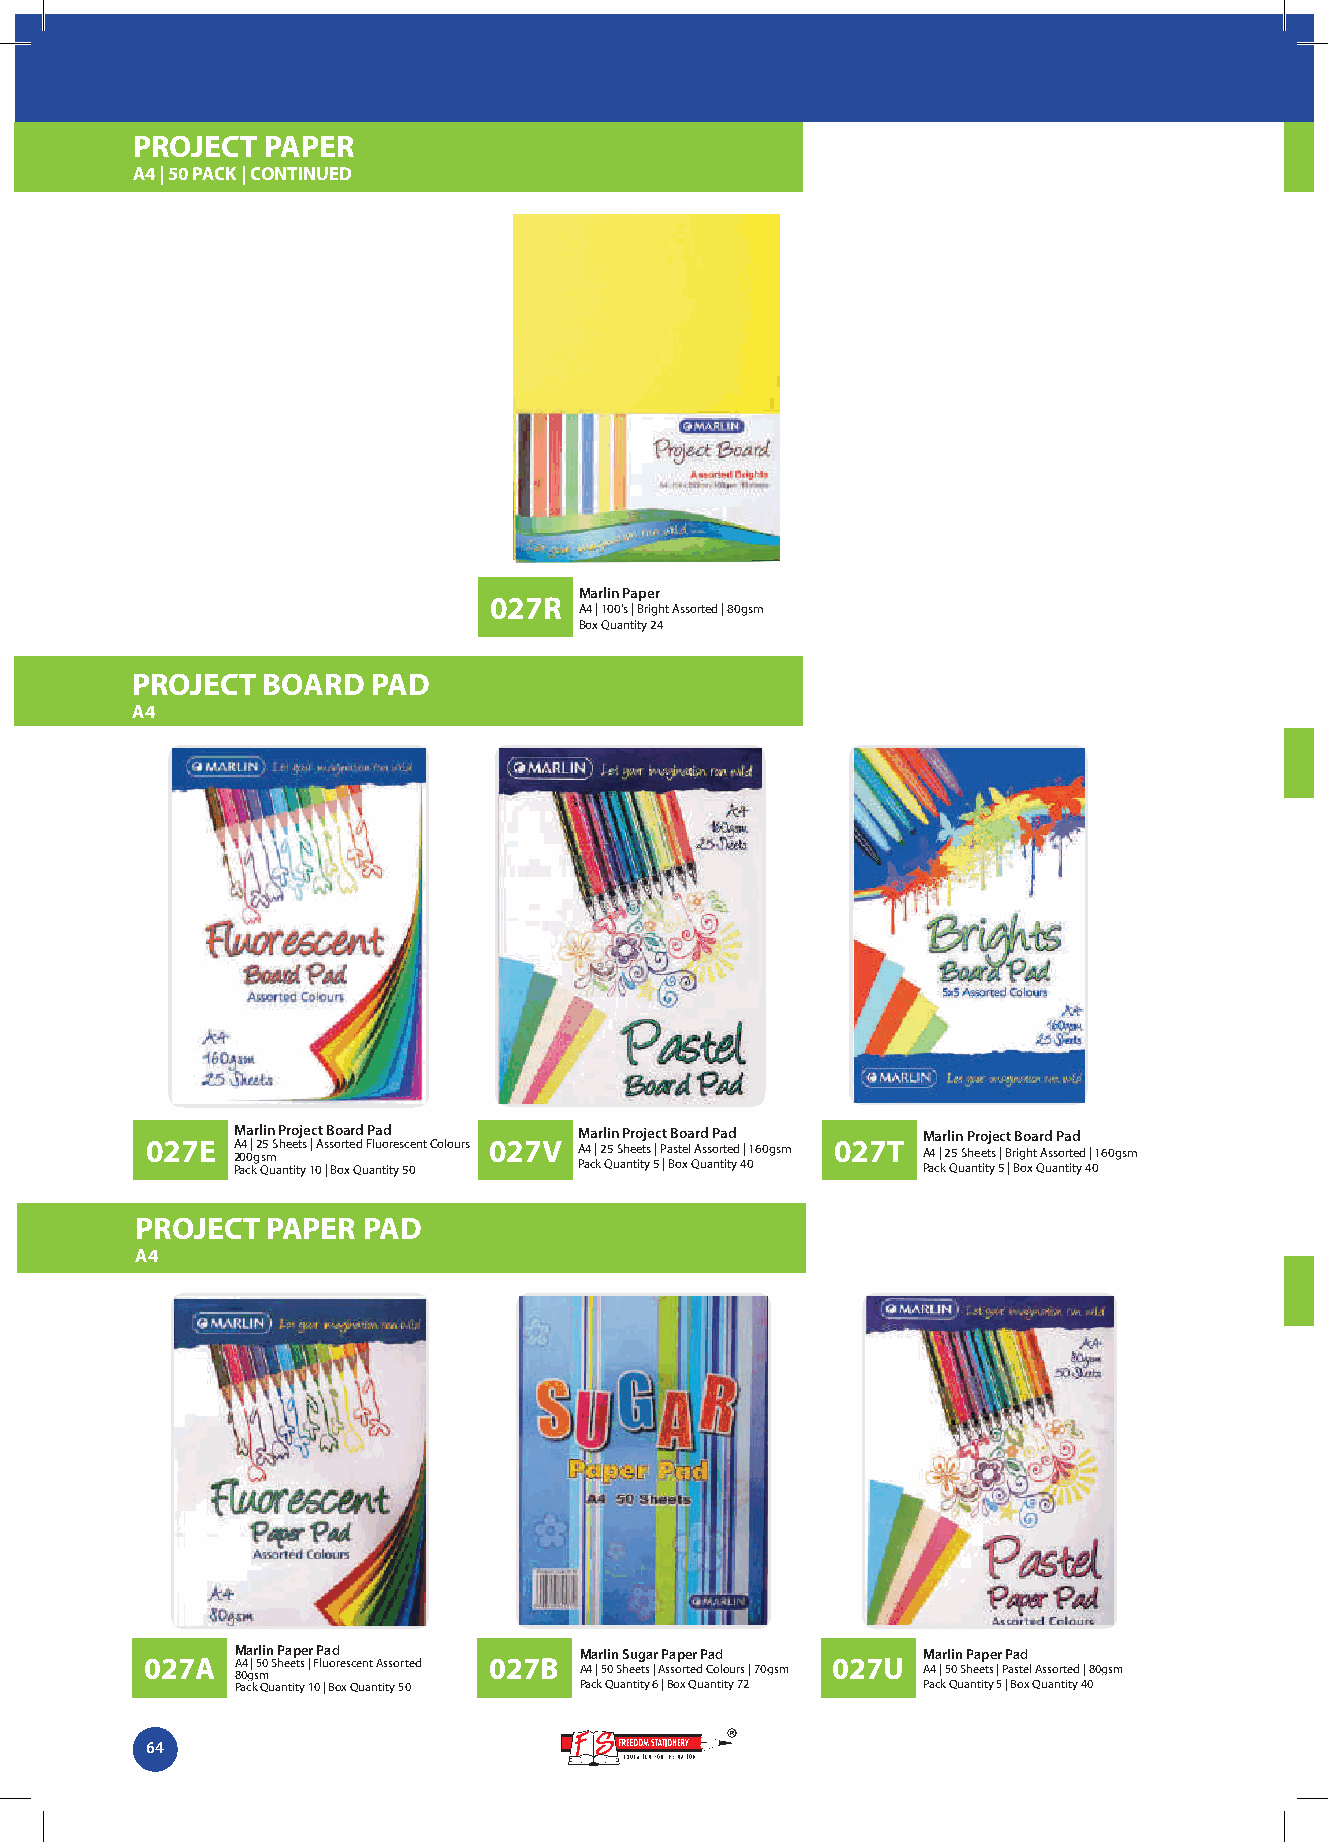
PROJECT PAPER
 A4 | 50 PACK | CONTINUED
 Marlin Paper
 027R
 A4 | 100's | Bright Assorted | 80gsm
 Box Quantity 24
 PROJECT BOARD   PAD
 A4
 Marlin Project Board Pad Marlin Project Board Pad Marlin Project Board Pad
 027E A 204 0 | g 2 s5 m Sheets | Assorted Fluorescent Colours 027V A4 | 25 Sheets | Pastel Assorted | 160gsm 027T A4 | 25 Sheets | Bright Assorted | 160gsm
 Pack Quantity 10 | Box Quantity 50 Pack Quantity 5 | Box Quantity 40 Pack Quantity 5 | Box Quantity 40
 PROJECT  PAPER PAD
 A4
 Marlin Paper Pad      Marlin Sugar Paper Pad Marlin Paper Pad
 027A  A4 | 50 Sheets | Fluorescent Assorted 027B 027U
 80gsm                 A4 | 50 Sheets | Assorted Colours | 70gsm A4 | 50 Sheets | Pastel Assorted | 80gsm
 Pack Quantity 10 | Box Quantity 50 Pack Quantity 6 | Box Quantity 72 Pack Quantity 5 | Box Quantity 40
 64